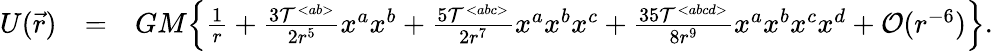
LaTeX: \begin{array}{rlr}{U(\vec{r})}&{=}&{GM\Big\{ \frac{1}{r}+\frac{3{\cal T}^{<ab>}}{2r^{5}}x^{a}x^{b}+\frac{5{\cal T}^{<abc>}}{2r^{7}}x^{a}x^{b}x^{c}+\frac{35{\cal T}^{<abcd>}}{8r^{9}}x^{a}x^{b}x^{c}x^{d}+{\cal O}(r^{-6})\Big\} .}\end{array}